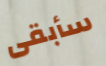
سأبقى